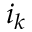
i _ { k }